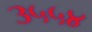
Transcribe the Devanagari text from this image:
३५५४